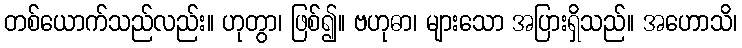
တစ်ယောက်သည်လည်း။ ဟုတွာ၊ ဖြစ်၍။ ဗဟုဓာ၊ များသော အပြားရှိသည်။ အဟောသိ၊